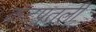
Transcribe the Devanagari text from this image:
कटपुतली